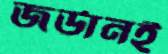
জর্ডানই